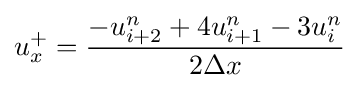
u_{x}^{+}={\frac {-u_{i+2}^{n}+4u_{i+1}^{n}-3u_{i}^{n}}{2\Delta x}}